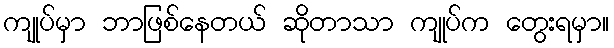
ကျုပ်မှာ ဘာဖြစ်နေတယ် ဆိုတာသာ ကျုပ်က တွေးရမှာ။